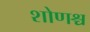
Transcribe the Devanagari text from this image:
शोणश्च